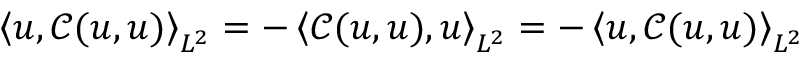
\left< \boldsymbol { u } , \mathcal { C } ( \boldsymbol { u } , \boldsymbol { u } ) \right> _ { L ^ { 2 } } = - \left< \mathcal { C } ( \boldsymbol { u } , \boldsymbol { u } ) , \boldsymbol { u } \right> _ { L ^ { 2 } } = - \left< \boldsymbol { u } , \mathcal { C } ( \boldsymbol { u } , \boldsymbol { u } ) \right> _ { L ^ { 2 } }